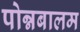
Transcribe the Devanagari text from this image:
पोन्नबालम